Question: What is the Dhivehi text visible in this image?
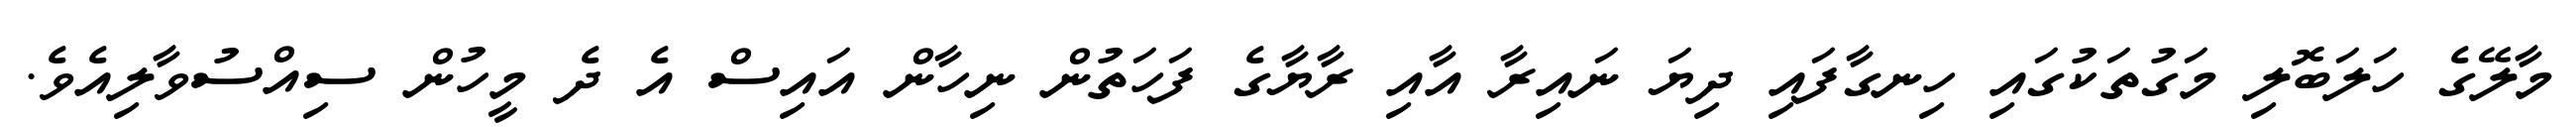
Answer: މާލޭގެ ހަލަބޮލި މަގުތަކުގައި ހިނގާފައި ދިޔަ ނައިރާ އާއި ރާޔާގެ ފަހަތުން ނިހާން އައިސް އެ ދެ މީހުން ސިއްސުވާލިއެވެ.